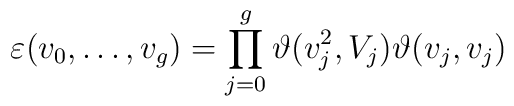
\varepsilon (v_{0},\ldots ,v_{g})=\prod _{j=0}^{g}\vartheta (v_{j}^{2},V_{j})\vartheta (v_{j},v_{j})